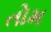
તોમ